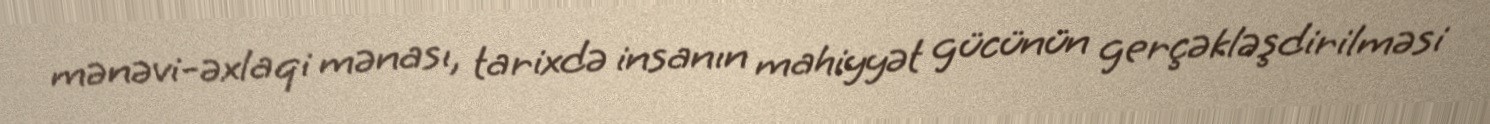
mənəvi-əxlaqi mənası, tarixdə insanın mahiyyət gücünün gerçəkləşdirilməsi